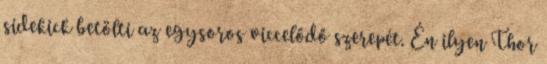
sidekick betölti az egysoros viccelődő szerepét. Én ilyen Thor